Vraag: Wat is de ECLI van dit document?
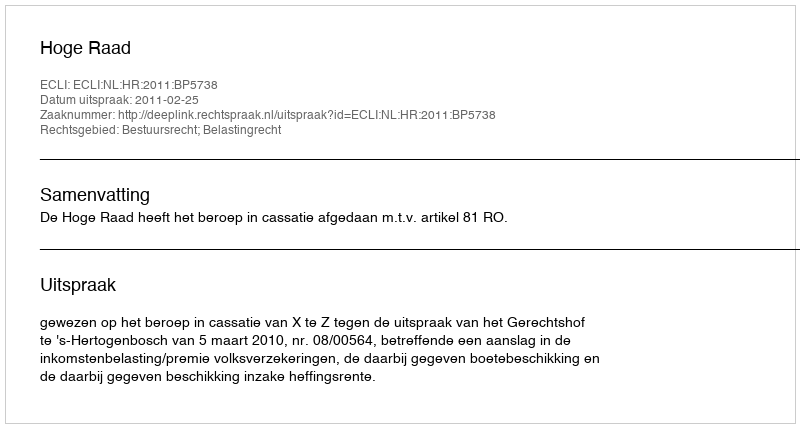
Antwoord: ECLI:NL:HR:2011:BP5738